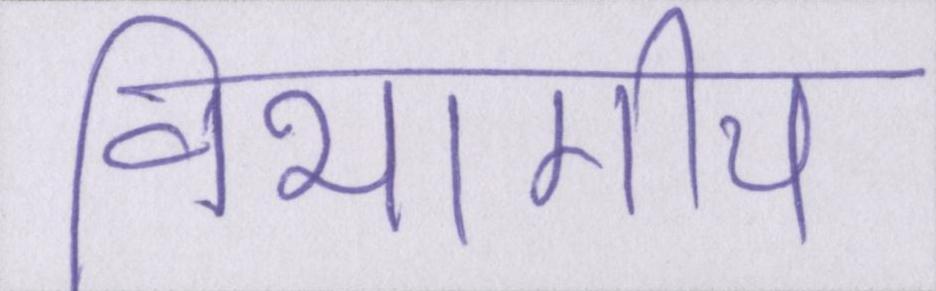
विभागीय